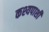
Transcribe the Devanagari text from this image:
कश्यपाशी